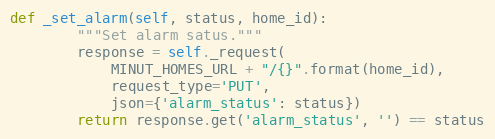
Language: Python
def _set_alarm(self, status, home_id):
        """Set alarm satus."""
        response = self._request(
            MINUT_HOMES_URL + "/{}".format(home_id),
            request_type='PUT',
            json={'alarm_status': status})
        return response.get('alarm_status', '') == status